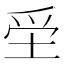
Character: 𡋧